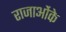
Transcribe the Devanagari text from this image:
राजाओंके